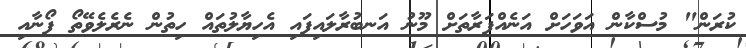
ކުރަން" މުސްކާން އަވަހަށް އަނެއްފަރާތަށް މޫނު އަނބުރާލައިފައި އެހިޔާލުތައް ހިތުން ނެރެލެވޭތޯ ފޯނާއި